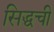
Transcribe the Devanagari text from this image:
सिद्धची